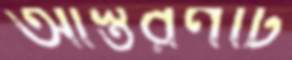
আস্তরণটি